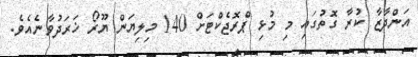
އަންދާޒާ ކުރާ ގޮތުގައި މި މުޅި ޕްރޮޖެކްޓަށް 140 މިލިޔަން ޔޫރޯ ޚަރަދުވާނެއެވެ.